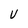
Character: V